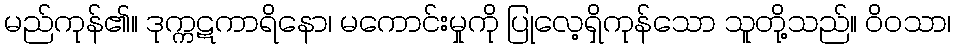
မည်ကုန်၏။ ဒုက္ကဋကာရိနော၊ မကောင်းမှုကို ပြုလေ့ရှိကုန်သော သူတို့သည်။ ဝိဝသာ၊